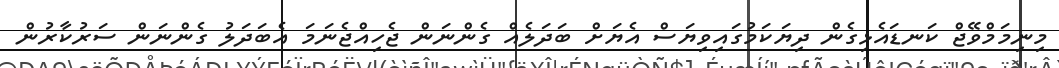
މިނިމަމްވޭޖް ކަނޑައެޅިގެން ދިޔަކަމުގައިވިޔަސް އެޔަށް ބަދަލެއް ގެންނަން ޖެހިއްޖެނަމަ އެބަދަލު ގެންނަން ސަރުކާރުން